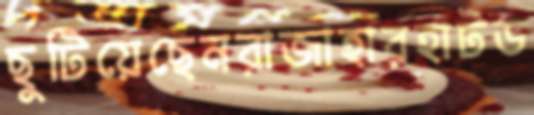
ছুটিয়েছেনরাজাহারহাটড